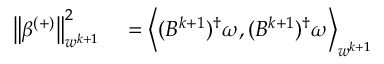
\begin{array} { r l } { \left\lVert \beta ^ { ( + ) } \right\rVert _ { w ^ { k + 1 } } ^ { 2 } } & { { } = \left\langle ( B ^ { k + 1 } ) ^ { \dagger } \omega , ( B ^ { k + 1 } ) ^ { \dagger } \omega \right\rangle _ { w ^ { k + 1 } } } \end{array}